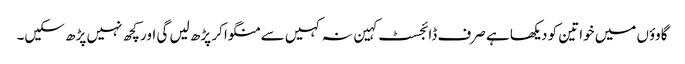
گاوؤں میں خواتین کو دیکھا ہے صرف ڈائجسٹ کہین نہ کہیں سے منگوا کر پڑھ لیں گی اور کچھ نہیں پڑھ سکیں۔